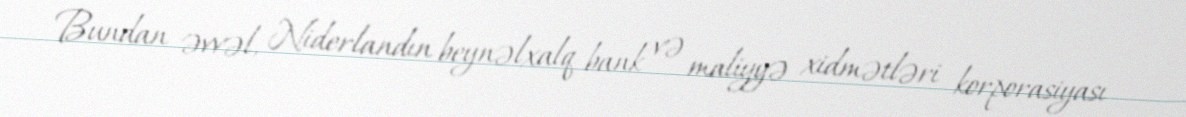
Bundan əvvəl, Niderlandın beynəlxalq bank və maliyyə xidmətləri korporasiyası